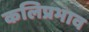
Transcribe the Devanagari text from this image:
कलिप्रभाव